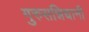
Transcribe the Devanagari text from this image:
गुरुसन्निधानी